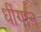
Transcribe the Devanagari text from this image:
धींगान